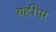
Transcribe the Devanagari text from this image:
यहींपर